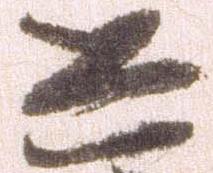
し